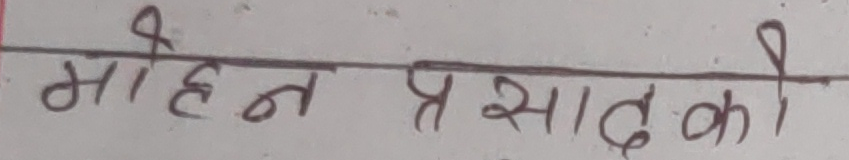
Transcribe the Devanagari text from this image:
मोहन प्रसाद को